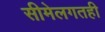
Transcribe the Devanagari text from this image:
सीमेलगतही